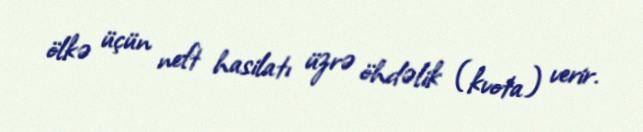
ölkə üçün neft hasilatı üzrə öhdəlik (kvota) verir.